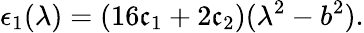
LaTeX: \epsilon_{1}(\lambda)=(16\mathfrak{c}_{1}+2\mathfrak{c}_{2})(\lambda^{2}-b^{2}).